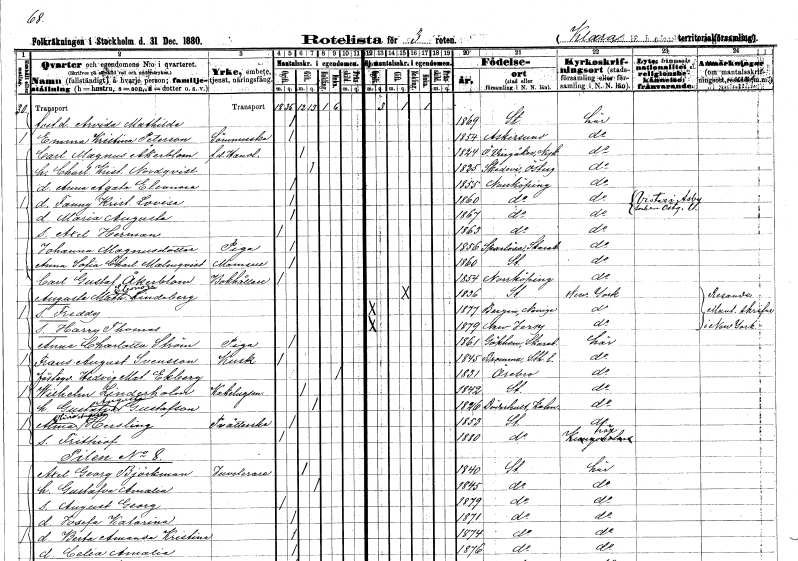
gt_parse: households: individuals: FN: Arvida Mathilda
KON: K
CIV: O
FODAR: 1869
FODFORS: Stockholm
FN: Emma Kristina
EN: Peterson
YRKE: Sömmerska
KON: K
CIV: O
FODAR: 1854
FODFORS: Askersund Örebro län
FN: Carl Magnus
EN: Åkerblom
YRKE: Handlande f.d.
KON: M
CIV: G
FODAR: 1824
FODFORS: Östra Vingåker Södermanlands län
FN: Charlotta Kristina
EN: Nordqvist
KON: K
CIV: G
FODAR: 1825
FODFORS: Skedevi Östergötlands län
FN: Anna Agata Eleonora
KON: K
CIV: O
FODAR: 1855
FODFORS: Norrköping Östergötlands län
FN: Fanny Kristina Lovisa
KON: K
CIV: O
FODAR: 1860
FODFORS: Norrköping Östergötlands län
FN: Maria Augusta
KON: K
CIV: O
FODAR: 1867
FODFORS: Norrköping Östergötlands län
FN: Axel Herman
KON: M
CIV: O
FODAR: 1863
FODFORS: Norrköping Östergötlands län
FN: Johanna
EN: Magnusdotter
YRKE: Piga
KON: K
CIV: O
FODAR: 1856
FODFORS: Sparlösa Skaraborgs län
FN: Anna Sofia Charlotta
EN: Malmqvist
KON: K
CIV: O
FODAR: 1860
FODFORS: Stockholm
FN: Carl Gustaf
EN: Åkerblom
YRKE: Bokhållare
KON: M
CIV: O
FODAR: 1854
FODFORS: Norrköping Östergötlands län
FN: Augusta Mathilda Eleonora
EN: Lindeberg
KON: K
CIV: G
FODAR: 1836
FODFORS: Stockholm
FN: Freddy
KON: M
CIV: O
FODAR: 1877
FN: Harry Thomas
KON: M
CIV: O
FODAR: 1879
FN: Anna Charlotta
EN: Ström
YRKE: Piga
KON: K
CIV: O
FODAR: 1861
FODFORS: Gökhem Skaraborgs län
FN: Frans August
EN: Svensson
YRKE: Kusk
KON: M
CIV: O
FODAR: 1845
FODFORS: Bromma Stockholms län
FN: Hedvig Mathilda
EN: Ekberg
KON: K
CIV: E
FODAR: 1831
FODFORS: Örebro Örebro län
FN: Wilhelm
EN: Linderholm
YRKE: Kakelugnsmakare
KON: M
CIV: G
FODAR: 1842
FODFORS: Stockholm
FN: Gustafva Augusta
EN: Gustafson
KON: K
CIV: G
FODAR: 1826
FODFORS: Döderhult Kalmar län
FN: Alma Olivia Augusta
EN: Hersling
YRKE: Tvätterska
KON: K
CIV: O
FODAR: 1853
FODFORS: Stockholm
FN: Frithiof
KON: M
CIV: O
FODAR: 1880
FODFORS: Stockholm
FN: Axel Georg
EN: Björkman
YRKE: Juvelerare
KON: M
CIV: G
FODAR: 1840
FODFORS: Stockholm
FN: Gustafva Amalia
KON: K
CIV: G
FODAR: 1845
FODFORS: Stockholm
FN: August Georg
KON: M
CIV: O
FODAR: 1879
FODFORS: Stockholm
FN: Josefa Katarina
KON: K
CIV: O
FODAR: 1871
FODFORS: Stockholm
FN: Berta Amanda Kristina
KON: K
CIV: O
FODAR: 1874
FODFORS: Stockholm
FN: Celia Amalia
KON: K
CIV: O
FODAR: 1876
FODFORS: Stockholm